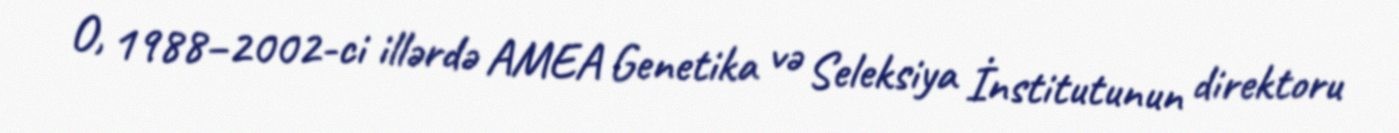
O, 1988–2002-ci illərdə AMEA Genetika və Seleksiya İnstitutunun direktoru